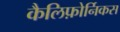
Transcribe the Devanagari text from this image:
कैलिफ़ोर्निकस